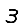
Digit: 3